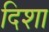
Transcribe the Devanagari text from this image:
दिशा